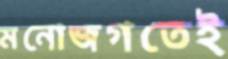
মনোজগতেই